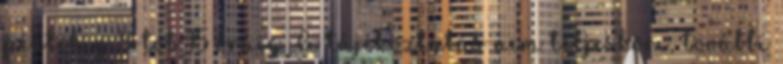
péntekig 8-tól 15 óráig. A tájékoztatás nem teljeskörı, további